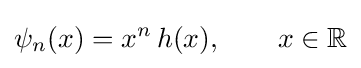
\psi _{n}(x)=x^{n}\,h(x),\qquad x\in \mathbb {R}